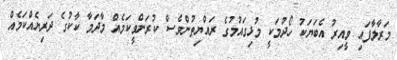
މަރާލާފައި ވީއިރު އެބަޔަކު ހޯދުމަކީ މުޅިގައުމުގެ ރައްޔިތުންވެސް ކުރަންވީކަމެއް މާދަމާ ކާކުގެ ދަރިޔެއްކަމެއް